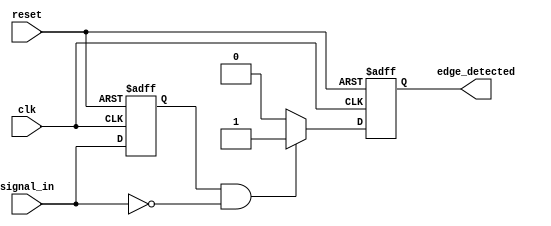
module negative_edge_detector (
    input wire clk,               // Clock signal
    input wire reset,             // Reset signal
    input wire signal_in,         // Input signal to monitor
    output reg edge_detected      // Output signal for edge detection
);

    // Internal signal to hold the previous state of signal_in
    reg signal_in_prev;

    // Always block to capture the state of signal_in on the rising edge of clk
    always @(posedge clk or posedge reset) begin
        if (reset) begin
            signal_in_prev <= 1'b0; // Initialize previous signal to low on reset
            edge_detected <= 1'b0;   // Initialize edge detected output
        end else begin
            // Update previous signal state
            signal_in_prev <= signal_in;

            // Edge detection logic
            if (signal_in_prev == 1'b1 && signal_in == 1'b0) begin
                edge_detected <= 1'b1;   // Detect falling edge
            end else begin
                edge_detected <= 1'b0;   // No edge detected
            end
        end
    end

endmodule